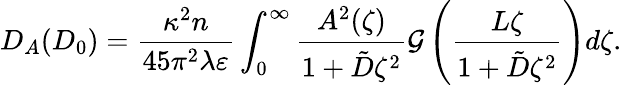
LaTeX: D_{A}(D_{0})=\frac{\kappa^{2}n}{45\pi^{2}\lambda\varepsilon}\int_{0}^{\infty}\frac{A^{2}(\zeta)}{1+\tilde{D}\zeta^{2}}\mathcal{G}\left(\frac{L\zeta}{1+\tilde{D}\zeta^{2}}\right)d\zeta.